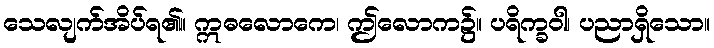
သေလျက်အိပ်ရ၏။ ဣဓလောကေ၊ ဤလောက၌။ ပရိက္ခဝါ၊ ပညာရှိသော။